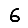
Digit: 6